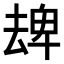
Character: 𠬈